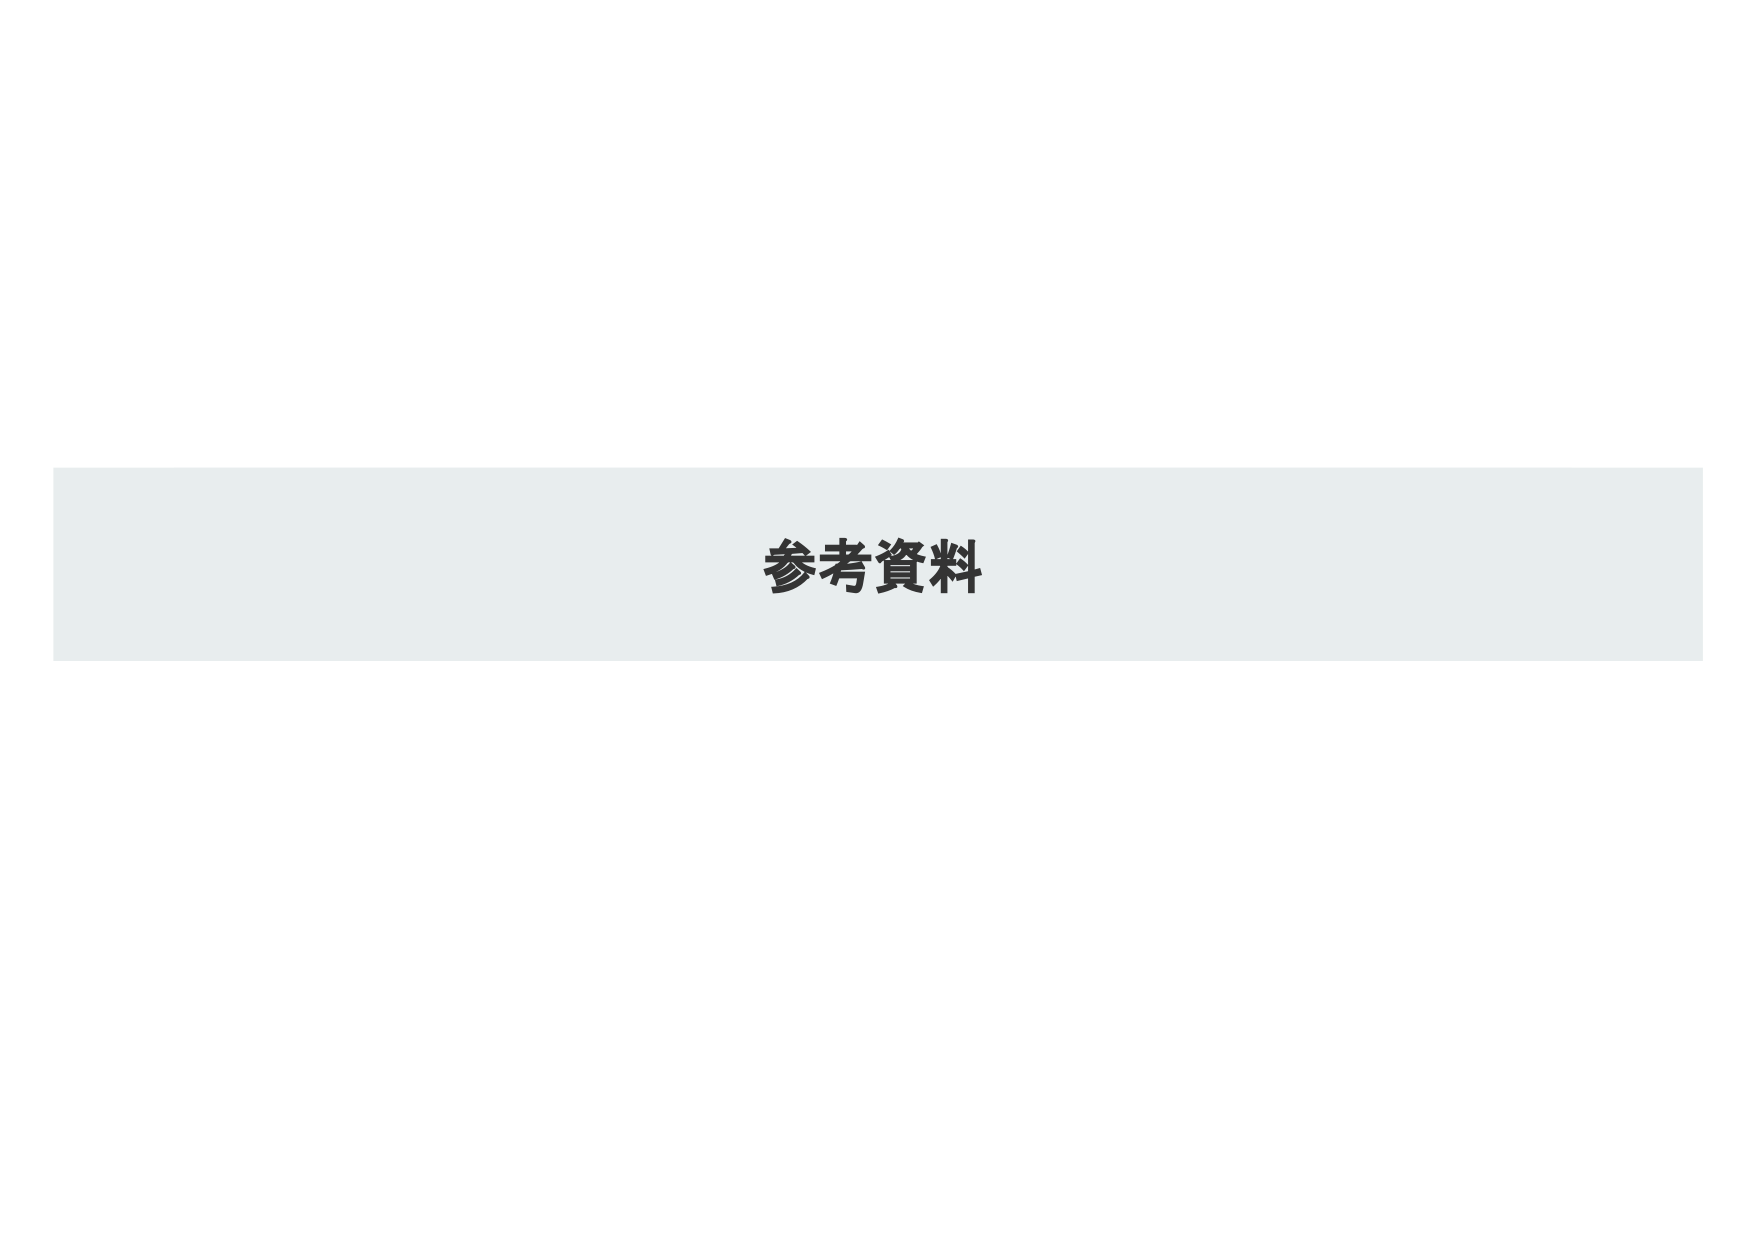
参考资料